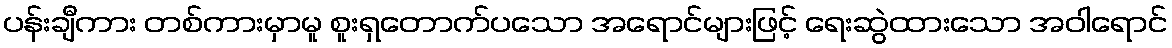
ပန်းချီကား တစ်ကားမှာမူ စူးရှတောက်ပသော အရောင်များဖြင့် ရေးဆွဲထားသော အဝါရောင်